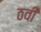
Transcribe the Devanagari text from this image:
ठवीं